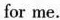
for me.